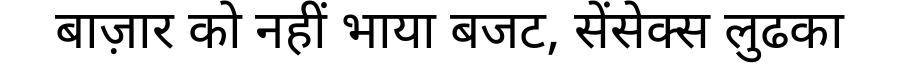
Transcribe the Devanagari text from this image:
बाज़ार को नहीं भाया बजट, सेंसेक्स लुढका